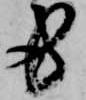
労